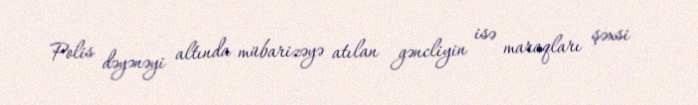
Polis dəyənəyi altında mübarizəyə atılan gəncliyin isə maraqları şəxsi